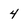
Character: 4